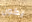
يكون